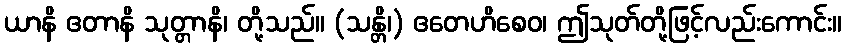
ယာနိ ဧတာနိ သုတ္တာနိ၊ တို့သည်။ (သန္တိ၊) ဧတေဟိစေဝ၊ ဤသုတ်တို့ဖြင့်လည်းကောင်း။